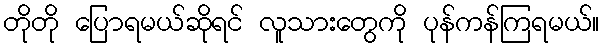
တိုတို ပြောရမယ်ဆိုရင် လူသားတွေကို ပုန်ကန်ကြရမယ်။